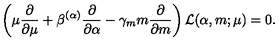
\left( \mu \frac { \partial } { \partial \mu } + \beta ^ { ( \alpha ) } \frac { \partial } { \partial \alpha } - \gamma _ { m } m \frac { \partial } { \partial m } \right) { \cal L } ( \alpha , m ; \mu ) = 0 .